Annual report on the working of the lock hospitals in the North-Western Provinces and Oudh
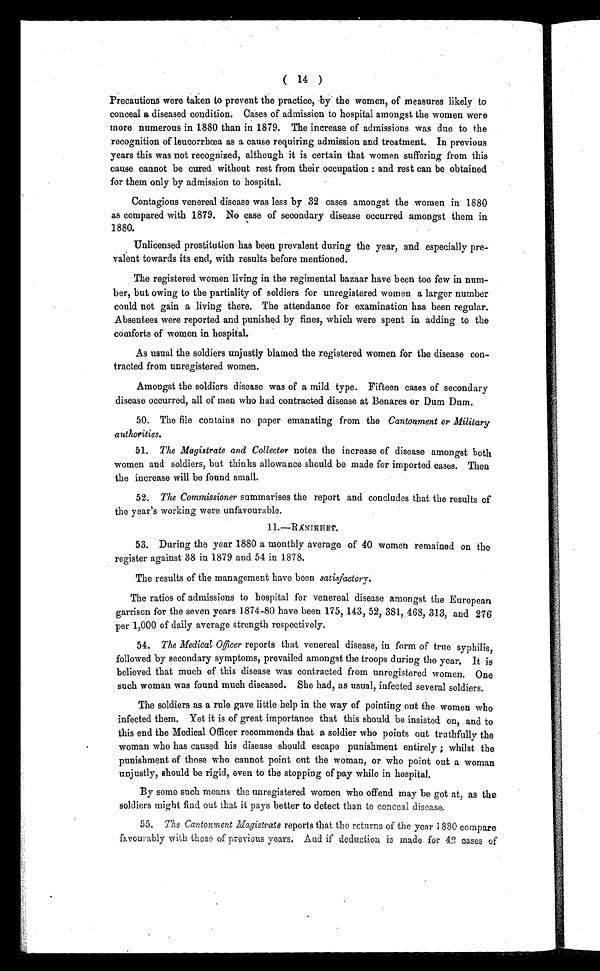
( 14 )
Precautions wore taken to prevent the practice, by the women, of measures likely to
conceal a diseased condition. Cases of admission to hospital amongst the women were
more numerous in 1880 than in 1879. The increase of admissions was due to the
recognition of leucorrhœa as a cause requiring admission and treatment. In previous
years this was not recognized, although it is certain that women suffering from this
cause cannot be cured without rest from their occupation : and rest can be obtained
for them only by admission to hospital.
Contagious venereal disease was less by 32 cases amongst the women in 1880
as compared with 1879. No case of secondary disease occurred amongst them in
1880.
Unlicensed prostitution has been prevalent during the year, and especially pre-
valent towards its end, with results before mentioned.
The registered women living in the regimental bazaar have been too few in num-
ber, but owing to the partiality of soldiers for unregistered women a larger number
could not gain a living there. The attendance for examination has been regular.
Absentees were reported and punished by fines, which were spent in adding to the
comforts of women in hospital.
As usual the soldiers unjustly blamed the registered women for the disease con-
tracted from unregistered women.
Amongst the soldiers disease was of a mild type. Fifteen cases of secondary
disease occurred, all of men who had contracted disease at Benares or Dum Darn.
50. The file contains no paper emanating from the Cantonment or Military
authorities.
51. The Magistrate and Collector notes the increase of disease amongst both
women and soldiers, but thinks allowance should be made for imported cases. Then
the increase will be found small.
52. The Commissioner summarises the report and concludes that the results of
the year's working were unfavourable.
11.—R
ÁNIKHET.
53. Duri ng t he year 1880 a mont hl y average of 40 women remai ned on t he
register against 38 in 1879 and 54 in 1878.
The results of the management have been satisfactory.
The ratios of admissions to hospital for venereal disease amongst the European
garrison for the seven years 1874-80 have been 175, 143, 52, 381, 468, 313, and 276
per 1,000 of daily average strength respectively.
54. The Medical Officer reports that venereal disease, in form of true syphilis,
followed by secondary symptoms, prevailed amongst the troops during the year. It is
believed that much of this disease was contracted from unregistered women. One
such woman was found much diseased. She had, as usual, infected several soldiers.
The soldiers as a rule gave little help in the way of pointing out the women who
infected them. Yet it is of great importance that this should be insisted on, and to
this end the Medical Officer recommends that a soldier who points out truthfully the
woman who has caused his disease should escape punishment entirely ; whilst the
punishment of those who cannot point out the woman, or who point out a woman
unjustly, should be rigid, even to the stopping of pay while in hospital.
By some such means the unregistered women who offend may be got at, as the
soldiers might find out that it pays better to detect than to conceal disease
.
55. The Cantonment Magistrate reports that the returns of the year 1880 compare
favourably with those of previous years. And if deduction is made for 42 cases of